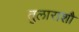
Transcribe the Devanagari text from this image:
तुलाराशौ